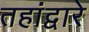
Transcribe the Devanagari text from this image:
तहांद्वारे